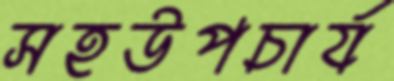
সহউপচার্য